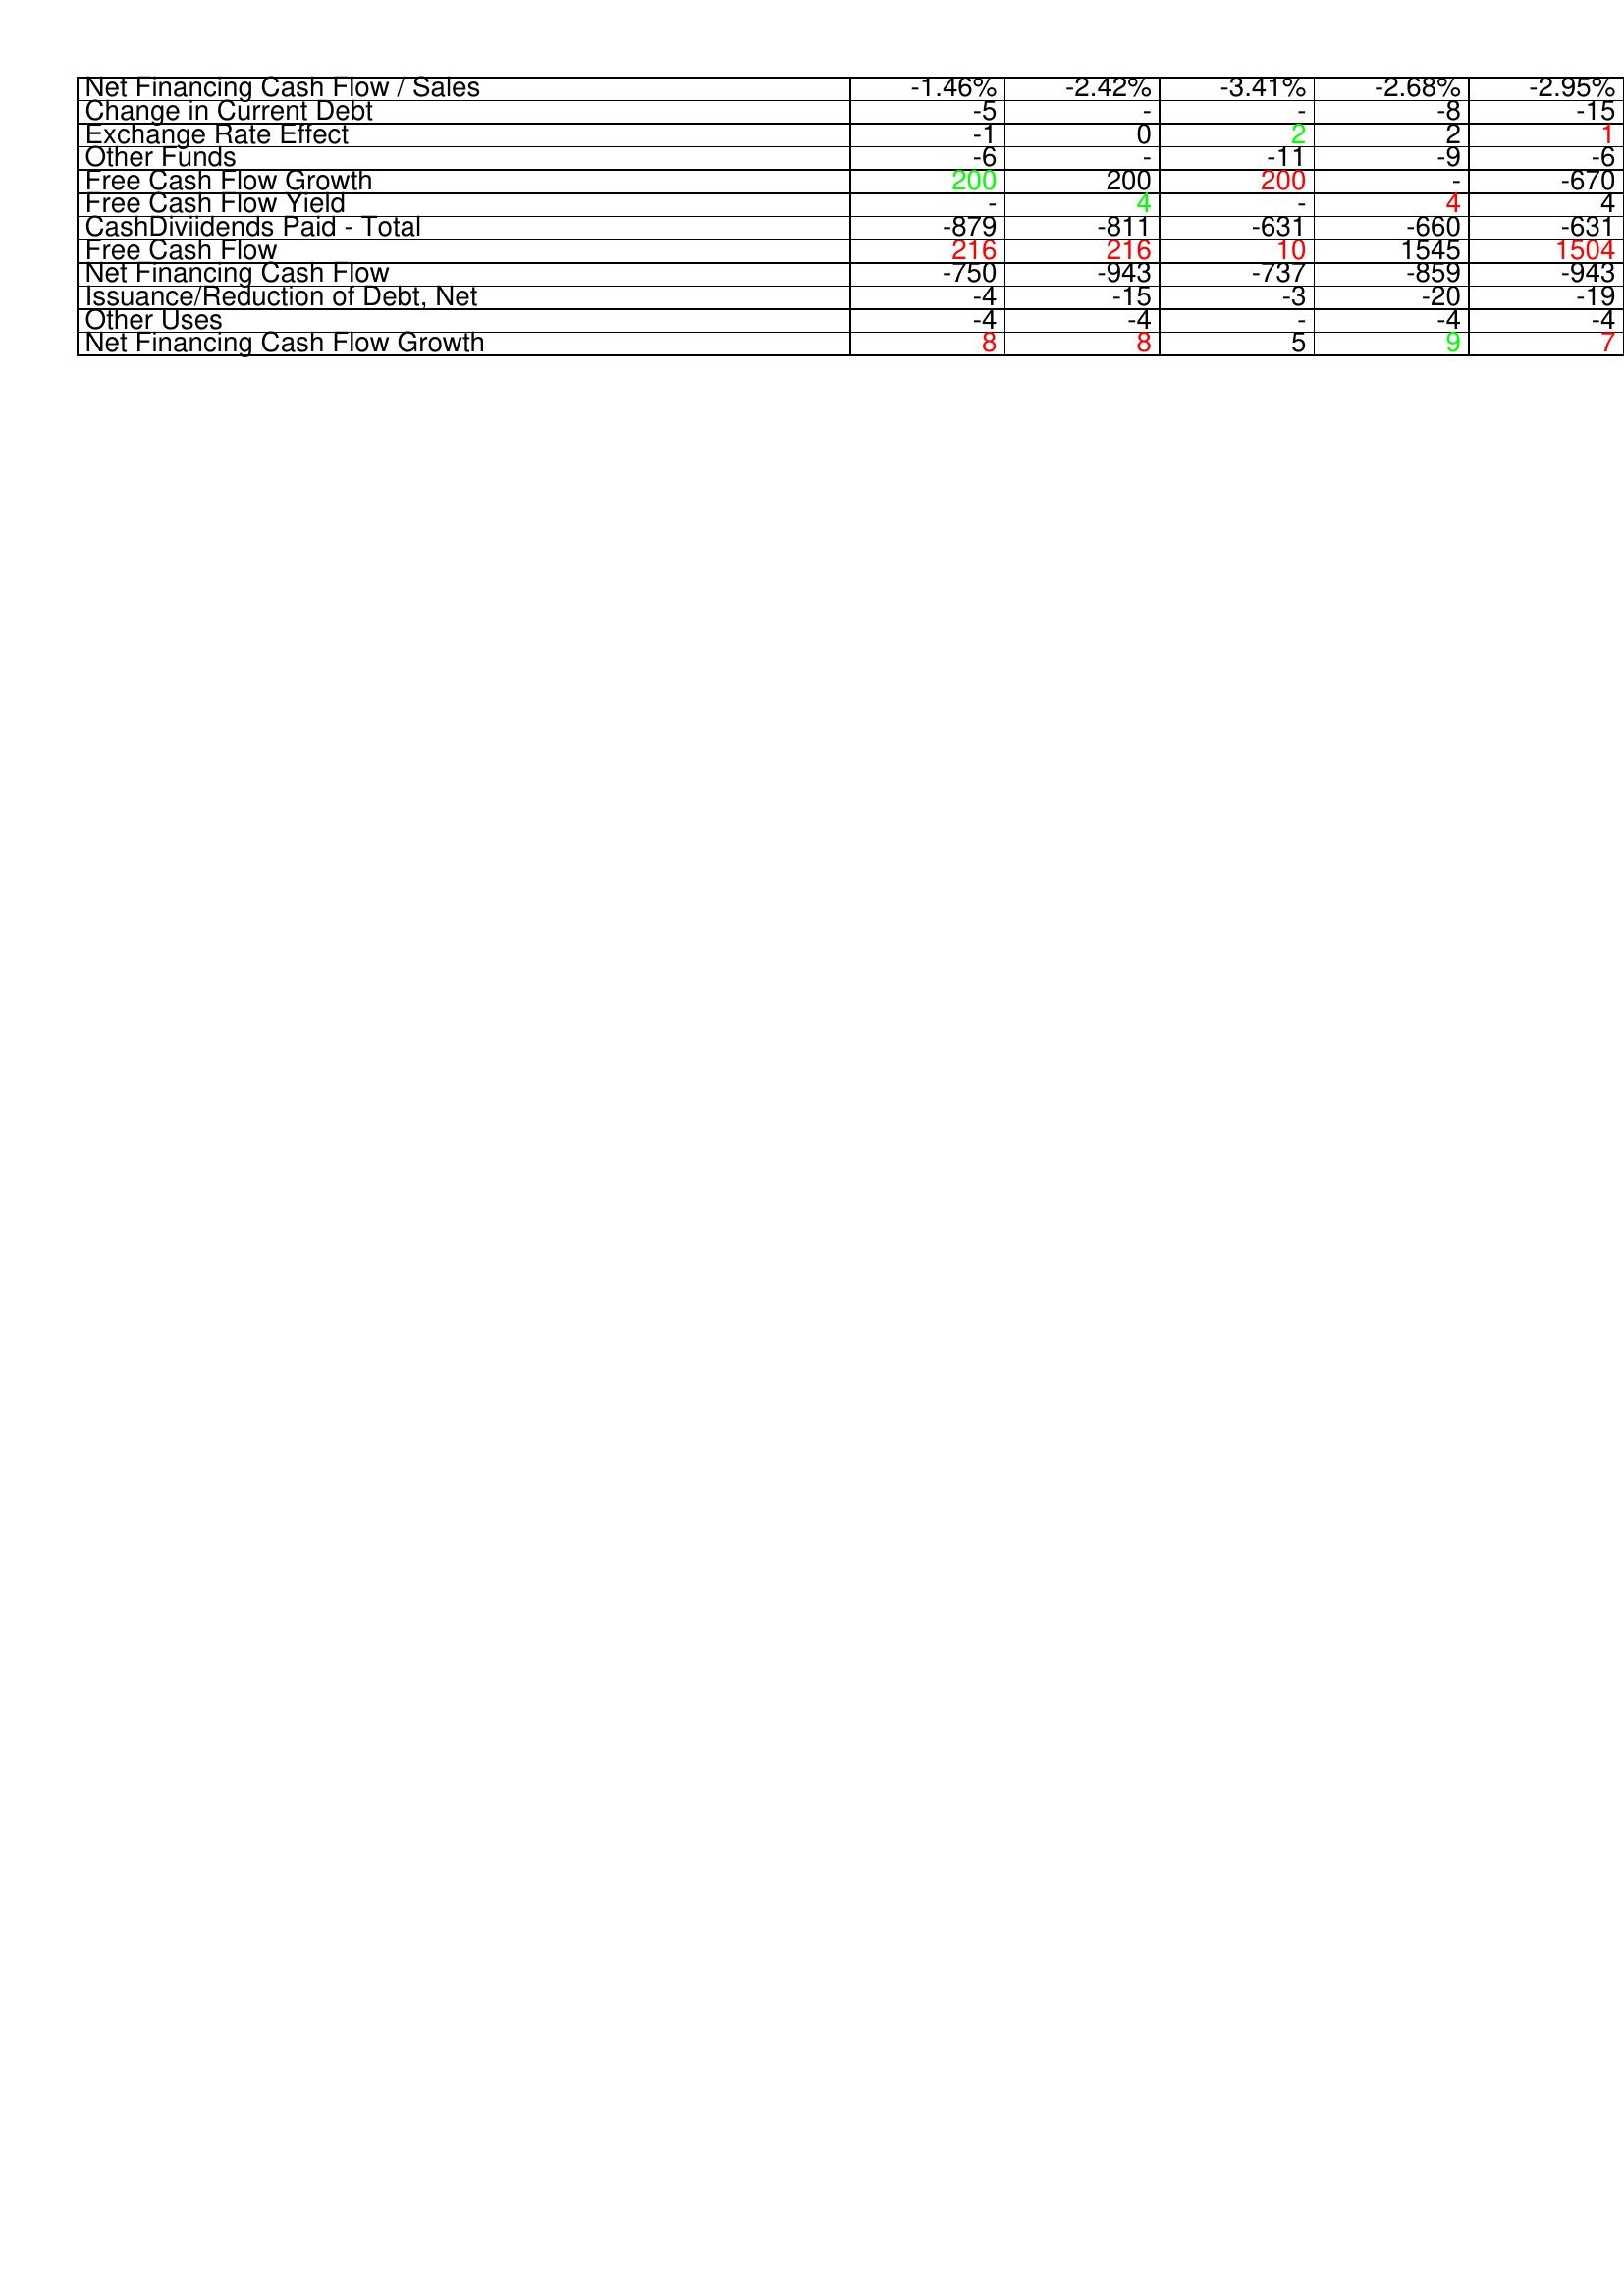
gt_parse: 2017: Financing Activities: Net Financing Cash Flow / Sales: -1.46%
Change in Current Debt: -5
Exchange Rate Effect: -1
Other Funds: -6
Free Cash Flow Growth: 200
Free Cash Flow Yield: -
CashDiviidends Paid - Total: -879
Free Cash Flow: 216
Net Financing Cash Flow: -750
Issuance/Reduction of Debt, Net: -4
Other Uses: -4
Net Financing Cash Flow Growth: 8
2018: Financing Activities: Net Financing Cash Flow / Sales: -2.42%
Change in Current Debt: -
Exchange Rate Effect: 0
Other Funds: -
Free Cash Flow Growth: 200
Free Cash Flow Yield: 4
CashDiviidends Paid - Total: -811
Free Cash Flow: 216
Net Financing Cash Flow: -943
Issuance/Reduction of Debt, Net: -15
Other Uses: -4
Net Financing Cash Flow Growth: 8
2019: Financing Activities: Net Financing Cash Flow / Sales: -3.41%
Change in Current Debt: -
Exchange Rate Effect: 2
Other Funds: -11
Free Cash Flow Growth: 200
Free Cash Flow Yield: -
CashDiviidends Paid - Total: -631
Free Cash Flow: 10
Net Financing Cash Flow: -737
Issuance/Reduction of Debt, Net: -3
Other Uses: -
Net Financing Cash Flow Growth: 5
2020: Financing Activities: Net Financing Cash Flow / Sales: -2.68%
Change in Current Debt: -8
Exchange Rate Effect: 2
Other Funds: -9
Free Cash Flow Growth: -
Free Cash Flow Yield: 4
CashDiviidends Paid - Total: -660
Free Cash Flow: 1545
Net Financing Cash Flow: -859
Issuance/Reduction of Debt, Net: -20
Other Uses: -4
Net Financing Cash Flow Growth: 9
2021: Financing Activities: Net Financing Cash Flow / Sales: -2.95%
Change in Current Debt: -15
Exchange Rate Effect: 1
Other Funds: -6
Free Cash Flow Growth: -670
Free Cash Flow Yield: 4
CashDiviidends Paid - Total: -631
Free Cash Flow: 1504
Net Financing Cash Flow: -943
Issuance/Reduction of Debt, Net: -19
Other Uses: -4
Net Financing Cash Flow Growth: 7